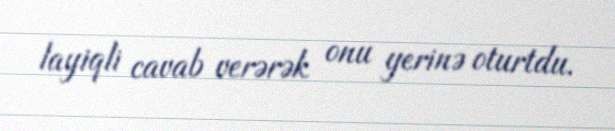
layiqli cavab verərək onu yerinə oturtdu.